Tezpur Lunatic Asylum reports 1877-1894 - 1877-1894
Year: 1877
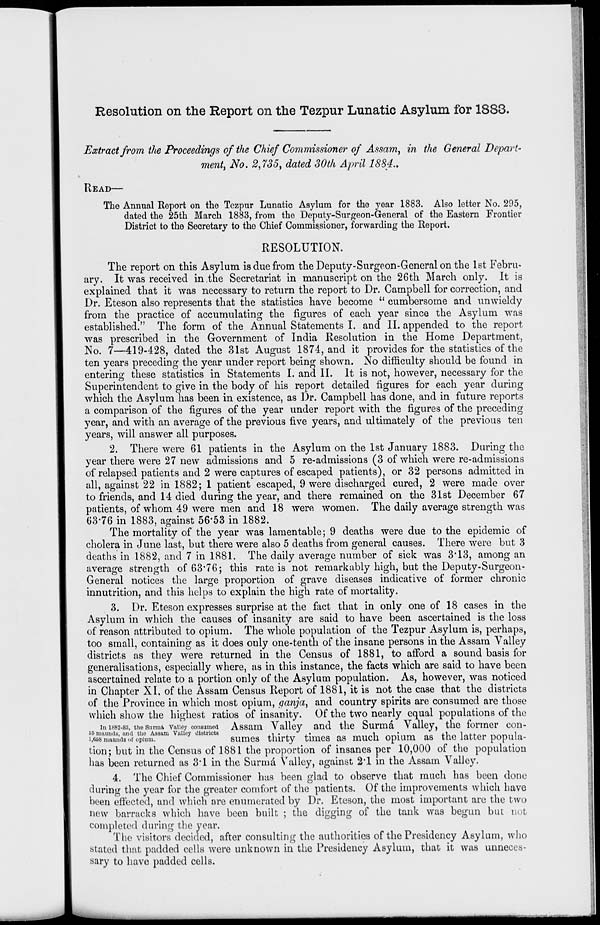
Resolution on the Report on the Tezpur Lunatic Asylum for 1883.
Extract from the Proceedings of the Chief Commissioner of Assam, in the General Depart-
ment, No. 2,735, dated 30th April 1884..
READ—
The Annual Report on the Tezpur Lunatic Asylum for the year 1883. Also letter No. 295,
dated the 25th March 1883, from the Deputy-Surgeon-General of the Eastern Frontier
District to the Secretary to the Chief Commissioner, forwarding the Report.
RESOLUTION.
The report on this Asylum is due from the Deputy-Surgeon-General on the 1st Febru-
ary. It was received in the Secretariat in manuscript on the 26th March only. It is
explained that it was necessary to return the report to Dr. Campbell for correction, and
Dr. Eteson also represents that the statistics have become " cumbersome and unwieldy
from the practice of accumulating the figures of each year since the Asylum was
established." The form of the Annual Statements I. and II. appended to the report
was prescribed in the Government of India Resolution in the Home Department,
No. 7—419-428, dated the 31st August 1874, and it provides for the statistics of the
ten years preceding the year under report being shown. No difficulty should be found in
entering these statistics in Statements I. and II. It is not, however, necessary for the
Superintendent to give in the body of his report detailed figures for each year during
which the Asylum has been in existence, as Dr. Campbell has done, and in future reports
a comparison of the figures of the year under report with the figures of the preceding
year, and with an average of the previous five years, and ultimately of the previous ten
years, will answer all purposes.
2. There were 61 patients in the Asylum on the 1st January 1883. During the
year there were 27 new admissions and 5 re-admissions (3 of which were re-admissions
of relapsed patients and 2 were captures of escaped patients), or 32 persons admitted in
all, against 22 in 1882; 1 patient escaped, 9 were discharged cured, 2 were made over
to friends, and 14 died during the year, and there remained on the 31st December 67
patients, of whom 49 were men and 18 were women. The daily average strength was
63*76 in 1883, against 56*53 in 1882.
The mortality of the year was lamentable; 9 deaths were due to the epidemic of
cholera in June last, but there were also 5 deaths from general causes. There were but 3
deaths in 1882, and 7 in 1881. The daily average number of sick was 3*13, among an
average strength of 63*76; this rate is not remarkably high, but the Deputy-Surgeon-
General notices the large proportion of grave diseases indicative of former chronic
innutrition, and this helps to explain the high rate of mortality.
3. Dr. Eteson expresses surprise at the fact that in only one of 18 cases in the
Asylum in which the causes of insanity are said to have been ascertained is the loss
of reason attributed to opium. The whole population of the Tezpur Asylum is, perhaps,
too small, containing as it does only one-tenth of the insane persons in the Assam Valley
districts as they were returned in the Census of 1881, to afford a sound basis for
generalisations, especially where, as in this instance, the facts which are said to have been
ascertained relate to a portion only of the Asylum population. As, however, was noticed
in Chapter XI. of the Assam Census Report of 1881, it is not the case that the districts
of the Province in which most opium, ganja, and country spirits are consumed are those
which show the highest ratios of insanity. Of the two nearly equal populations of the
in 1882-83, tho snrmA vaiwy consumed Assam Valley and the Surma Valley, the former con-
55 maunds, and tlio Assam Valley districts
1 « ,
j •
1
•
J_II
1
i,658 maunus..f opium.
sumes thirty times as much opium as the latter popula-
tion; but in the Census of 1881 the proportion of insanes per 10,000 of the population
has been returned as 3*1 in the Surma Valley, against 2*1 in the Assam Valley.
4. The Chief Commissioner has been glad to observe that much has been done
during the year for the greater comfort of the patients. Of the improvements which have
been effected, and which are enumerated by Dr. Eteson, the most important are the two
new barracks which have been built ; the digging of the tank was begun but not
completed during the year.
The visitors decided, after consulting the authorities of the Presidency Asylum, who
stated that padded cells were unknown in the Presidency Asylum, that it was unneces-
sary to have padded cells.